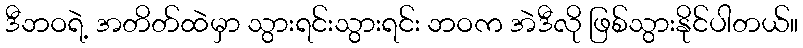
ဒီဘဝရဲ့ အတိတ်ထဲမှာ သွားရင်းသွားရင်း ဘဝက အဲဒီလို ဖြစ်သွားနိုင်ပါတယ်။